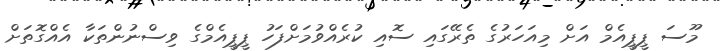
މޫސަ ޕީޕީއެމް އަށް މިއަހަރުގެ ތެރޭގައި ސޮއި ކުރެއްވުމަށްފަހު ޕީޕީއެމްގެ ވިސްނުންތަކާ އެއްގޮތަށް